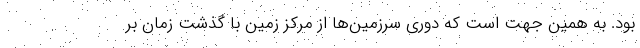
بود. به همین جهت است که دوری سرزمین‌ها از مرکز زمین با گذشت زمان بر